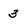
Character: 3